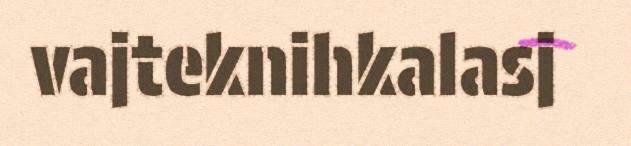
vajteknihkalasj